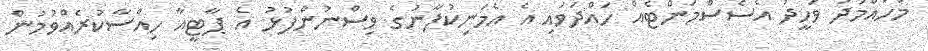
މުހައްމަދު ވަހީދު އެސެސްމަންޓެއް ހައްދަވައި އެ އެމަނިކުފާނުގެ ވިސްނުންފުޅު އެ ޕާޓީއާ ހިއްސާކުރެއްވުމުން